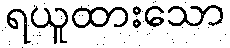
ရယူထားသော